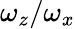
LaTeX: \omega_{z}/\omega_{x}